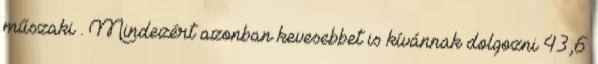
műszaki . Mindezért azonban kevesebbet is kívánnak dolgozni 43,6